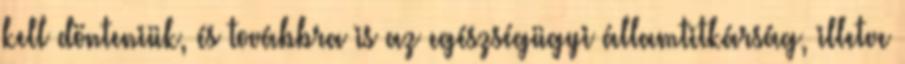
kell dönteniük, és továbbra is az egészségügyi államtitkárság, illetve